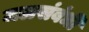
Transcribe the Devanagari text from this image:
जलसंबंधी